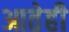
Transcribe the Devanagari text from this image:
आतेही